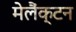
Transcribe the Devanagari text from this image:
मेलैंक्टन